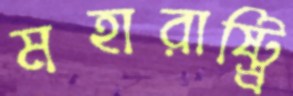
মহারাষ্ট্র্রি